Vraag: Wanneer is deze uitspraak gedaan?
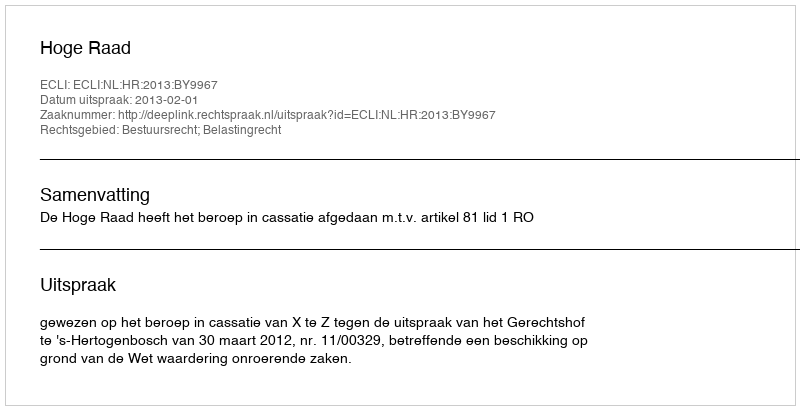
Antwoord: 2013-02-01